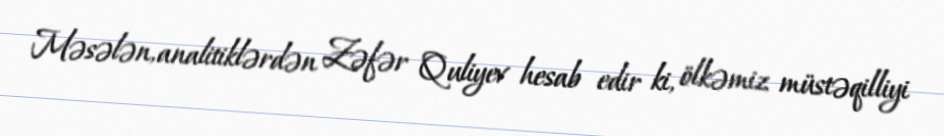
Məsələn, analitiklərdən Zəfər Quliyev hesab edir ki, ölkəmiz müstəqilliyi